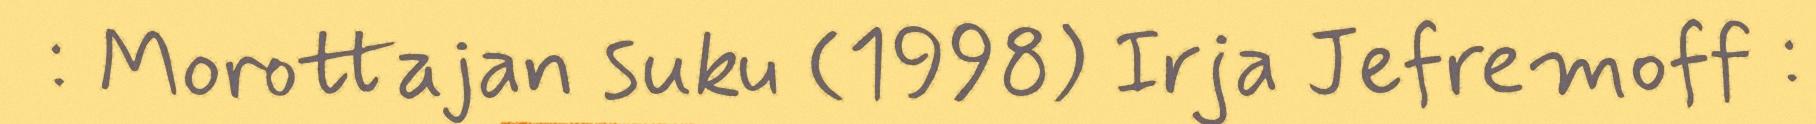
: Morottajan suku (1998) Irja Jefremoff :